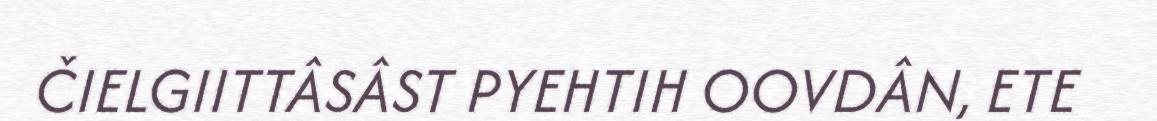
ČIELGIITTÂSÂST PYEHTIH OOVDÂN, ETE